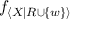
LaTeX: f _ { \langle X | R \cup \{ w \} \rangle }